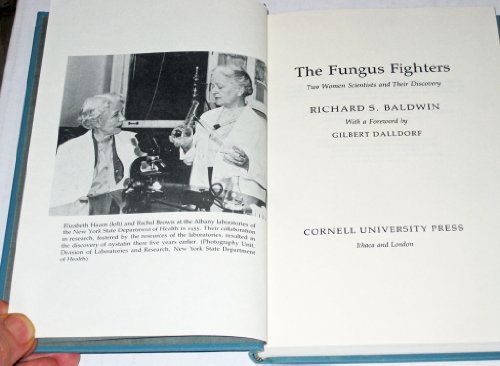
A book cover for The Fungus Fighters: Two women scientists and their discovery; Richard S. Baldwin; Medical Books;